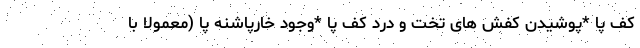
کف پا *پوشیدن کفش های تخت و درد کف پا *وجود خارپاشنه پا (معمولا با